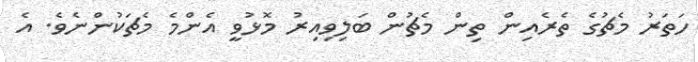
ހަތަރު މެޗުގެ ތެރެއިން ތިން މެޗުން ބަލިވިއިރު މޮޅުވީ އެންމެ މެޗަކުންނެވެ. އެ